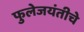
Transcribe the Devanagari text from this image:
फुलेजयंतीचे